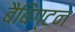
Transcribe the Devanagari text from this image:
बैबिंग्टन